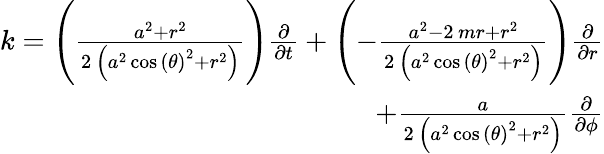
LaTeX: \begin{array}{r}{k=\left(\frac{a^{2}+r^{2}}{2\, {\left(a^{2}\cos\left({\theta}\right)^{2}+r^{2}\right)}}\right)\frac{\partial}{\partial t}+\left(-\frac{a^{2}-2\, mr+r^{2}}{2\, {\left(a^{2}\cos\left({\theta}\right)^{2}+r^{2}\right)}}\right)\frac{\partial}{\partial r}}\\ {+\frac{a}{2\, {\left(a^{2}\cos\left({\theta}\right)^{2}+r^{2}\right)}}\frac{\partial}{\partial{\phi}}}\end{array}